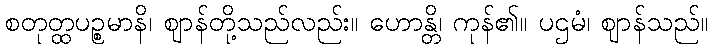
စတုတ္ထပဉ္စမာနိ၊ ဈာန်တို့သည်လည်း။ ဟောန္တိ၊ ကုန်၏။ ပဌမံ၊ ဈာန်သည်။